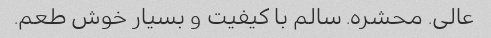
عالی. محشره. سالم با کیفیت و بسیار خوش طعم.